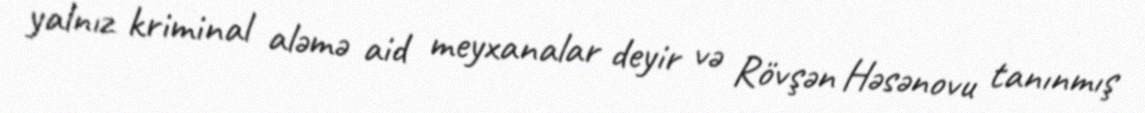
yalnız kriminal aləmə aid meyxanalar deyir və Rövşən Həsənovu tanınmış